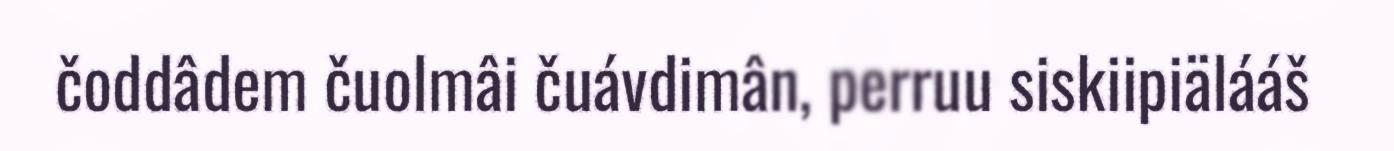
čoddâdem čuolmâi čuávdimân, perruu siskiipiälááš